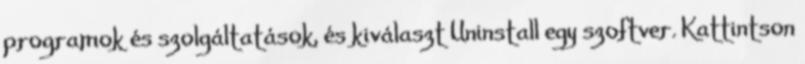
programok és szolgáltatások, és kiválaszt Uninstall egy szoftver. Kattintson